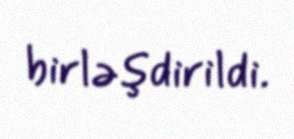
birləşdirildi.